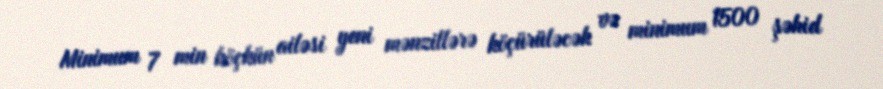
Minimum 7 min köçkün ailəsi yeni mənzillərə köçürüləcək və minimum 1500 şəhid